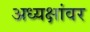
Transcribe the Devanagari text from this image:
अध्यक्षांवर